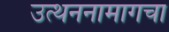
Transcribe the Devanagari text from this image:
उत्थननामागचा